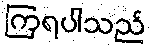
ကြရပါသည်